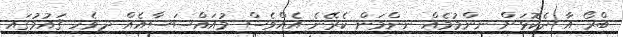
ބްރޯ އާ ދެކޮޅަށް ނިންމުމެއް ނިންމަން ކެރޭނެ އެއްވެސް މުއައްސަސާއެއް ދިވެހި ޤައުމުގައި